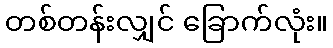
တစ်တန်းလျှင် ခြောက်လုံး။